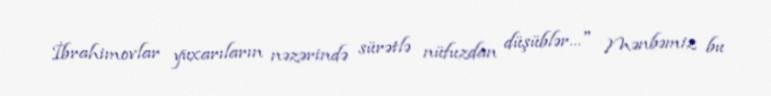
İbrahimovlar yuxarıların nəzərində sürətlə nüfuzdan düşüblər..." Mənbəmiz bu